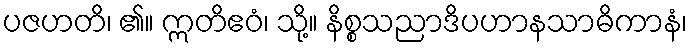
ပဇဟတိ၊ ၏။ ဣတိဧဝံ၊ သို့။ နိစ္စသညာဒိပဟာနသာဓိကာနံ၊